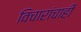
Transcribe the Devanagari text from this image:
विचारांचाही